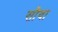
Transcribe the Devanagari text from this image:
सौवा